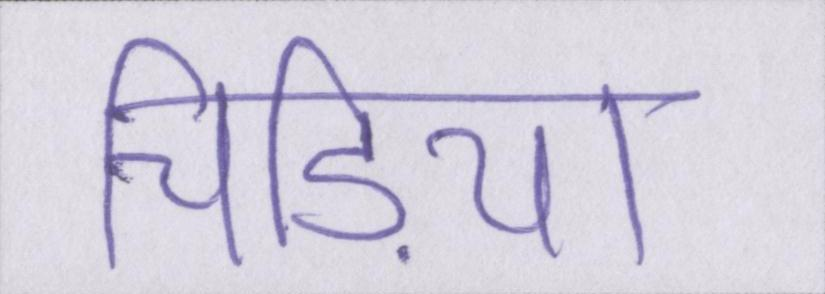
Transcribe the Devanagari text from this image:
चिड़िया